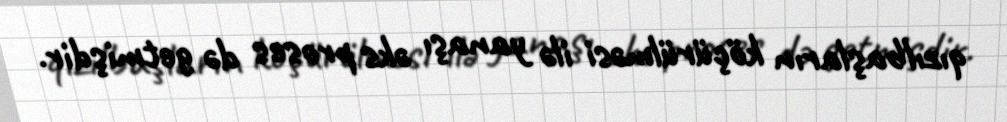
qızılbaşların köçürülməsi ilə yanaşı əks proses də getmişdir.